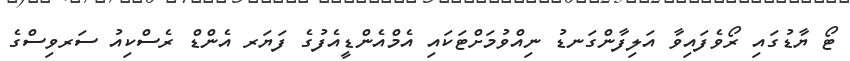
ޓޯ ޔާޑުގައި ރޯވެފައިވާ އަލިފާންގަނޑު ނިއްވުމަށްޓަކައި އެމްއެންޑީއެފުގެ ފަޔަރ އެންޑް ރެސްކިއު ސަރވިސްގެ